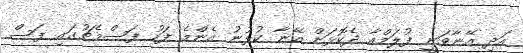
އަދި އޭނާވަނީ ފުލަމްއާ ދެކޮޅަށް އޭނާ ކުޅުނު އެންމެ ފަހު ފަސްމެޗުގައި ފަސް